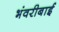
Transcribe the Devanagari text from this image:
भंवरीबाई